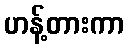
ဟန့်တားကာ